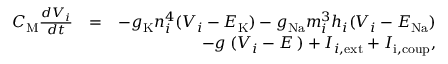
\begin{array} { r l r } { C _ { \mathrm M } \frac { d V _ { i } } { d t } } & { = } & { - g _ { \mathrm K } n _ { i } ^ { 4 } ( V _ { i } - E _ { \mathrm K } ) - g _ { \mathrm { N a } } m _ { i } ^ { 3 } h _ { i } ( V _ { i } - E _ { \mathrm { N a } } ) } \\ & { } & { - g _ { \mathrm { \ell } } ( V _ { i } - E _ { \mathrm \ell } ) + I _ { i , \mathrm { e x t } } + I _ { \mathrm { i , c o u p } } , } \end{array}